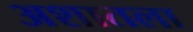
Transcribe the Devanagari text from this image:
अशातला